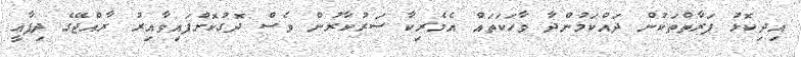
އިދިކޮޅު ފަރާތްތަކުން ދައްކަމުންދާ ވާހަކަތައް އެމެރިކާ ސަރުކާރުން ވެސް ދޮގުކޮށްފައިވާއިރު ރާއްޖޭގެ ދިފާޢީ